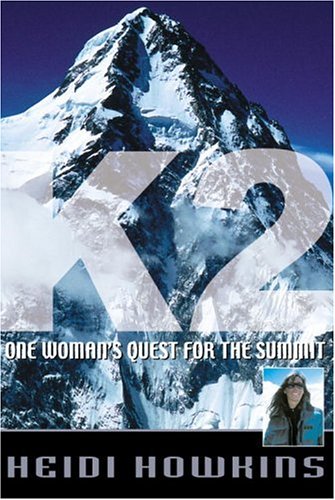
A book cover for K2: One Woman's Quest for the Summit (Adventure Press); Heidi Howkins; Travel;